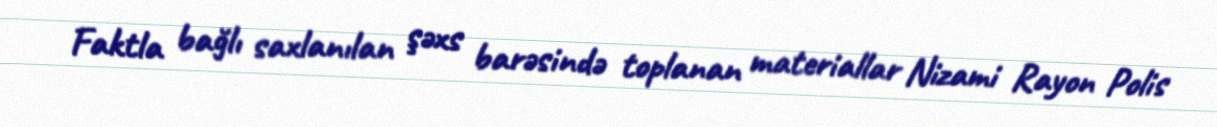
Faktla bağlı saxlanılan şəxs barəsində toplanan materiallar Nizami Rayon Polis